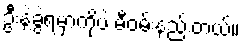
ဦးနဲ့ခွဲရမှာကိုပဲ မီဝမ်းနည်းတယ်။